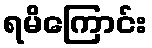
ရမိကြောင်း